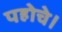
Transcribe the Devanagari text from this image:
पहोचे।